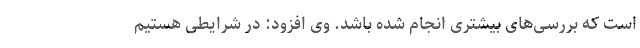
است که بررسی‌های بیشتری انجام شده باشد. وی افزود: در شرایطی هستیم